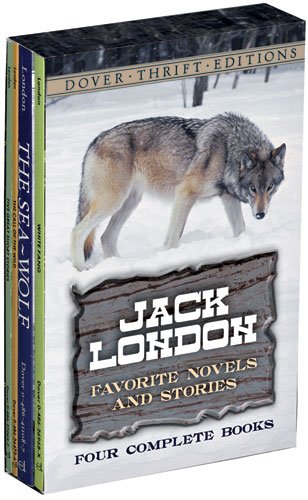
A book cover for Favorite Novels and Stories: Four-Book Collection (Dover Thrift Editions); Jack London; Literature & Fiction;